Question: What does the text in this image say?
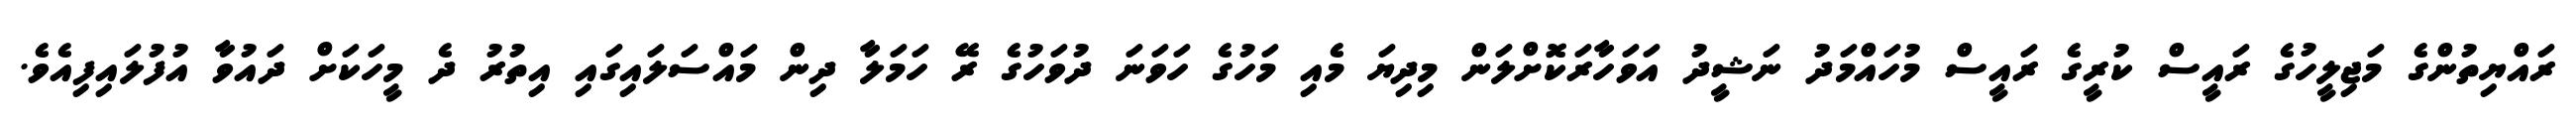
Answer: ރައްޔިތުންގެ މަޖިލީހުގެ ރައީސް ކުރީގެ ރައީސް މުހައްމަދު ނަޝީދު އަވަހާރަކޮށްލަން މިދިޔަ މެއި މަހުގެ ހަވަނަ ދުވަހުގެ ރޭ ހަމަލާ ދިން މައްސަލައިގައި އިތުރު ދެ މީހަކަށް ދައުވާ އުފުލައިފިއެވެ.